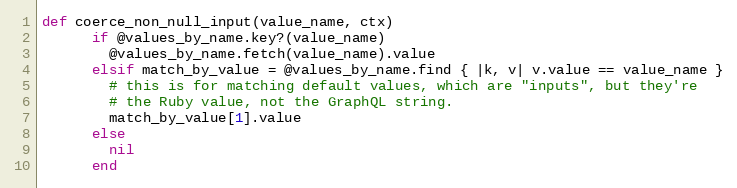
Language: Ruby
def coerce_non_null_input(value_name, ctx)
      if @values_by_name.key?(value_name)
        @values_by_name.fetch(value_name).value
      elsif match_by_value = @values_by_name.find { |k, v| v.value == value_name }
        # this is for matching default values, which are "inputs", but they're
        # the Ruby value, not the GraphQL string.
        match_by_value[1].value
      else
        nil
      end